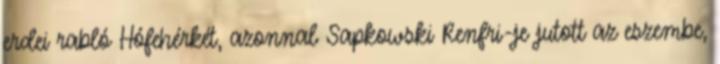
erdei rabló Hófehérkét, azonnal Sapkowski Renfri-je jutott az eszembe,